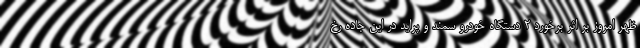
ظهر امروز بر اثر برخورد ۲ دستگاه خودرو سمند و پراید در این جاده رخ